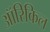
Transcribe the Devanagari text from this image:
ऑरिकिल